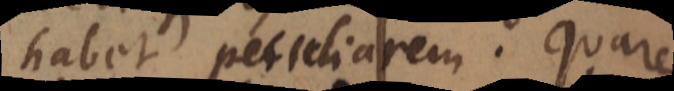
habet peculiarem. Quare